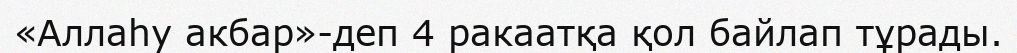
«Аллаһу акбар»-деп 4 ракаатқа қол байлап тұрады.